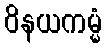
ဝိနယကမ္မံ